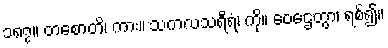
၁၈၇။ တစောတိ၊ ကား။ သကလသရီရံ၊ ကို။ ဝေဌေတွာ၊ ရစ်၍။